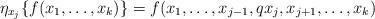
LaTeX: \begin{align*}\eta_{x_j}\{f(x_1, \ldots, x_k)\}=f(x_1, \ldots, x_{j-1}, qx_j, x_{j+1}, \ldots, x_k)\end{align*}